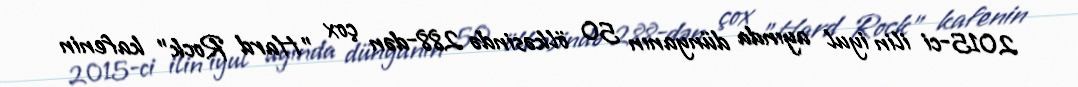
2015-ci ilin iyul ayında dünyanın 50 ölkəsində 288-dən çox "Hard Rock" kafenin